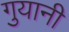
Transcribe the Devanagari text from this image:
गुयानी